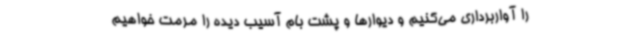
را آواربرداری می‌کنیم و دیوارها و پشت بام آسیب دیده را مرمت خواهیم